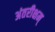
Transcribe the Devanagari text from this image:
अंतरीक्षम्